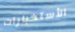
الأستخبارات